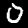
Digit: 0